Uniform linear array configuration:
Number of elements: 12
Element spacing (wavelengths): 0.75
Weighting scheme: exponential
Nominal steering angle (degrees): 45
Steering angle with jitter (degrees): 44.956
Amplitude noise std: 0.05
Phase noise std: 0.05

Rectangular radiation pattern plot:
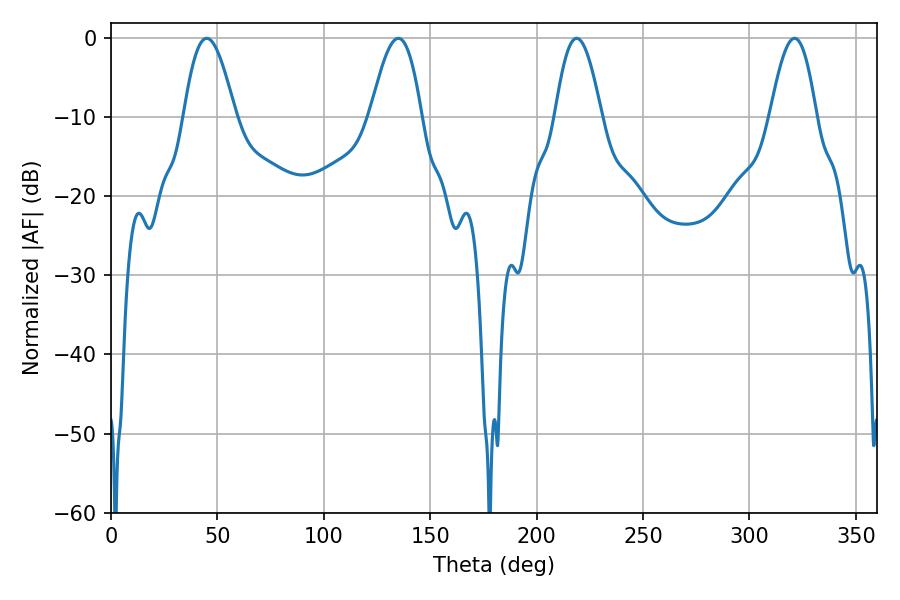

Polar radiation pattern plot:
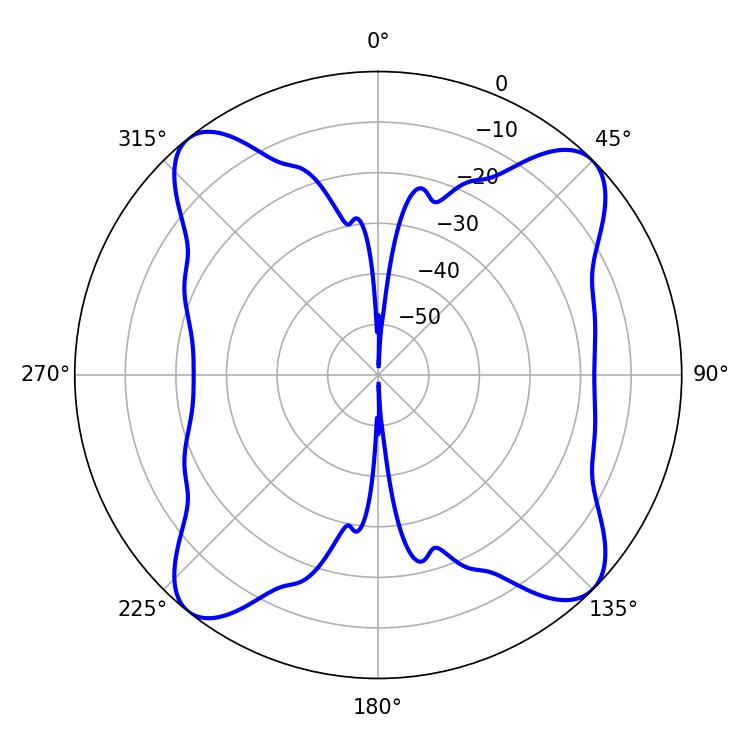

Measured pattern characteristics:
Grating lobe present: TRUE
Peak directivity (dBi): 13.687
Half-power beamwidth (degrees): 12.96
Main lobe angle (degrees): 45